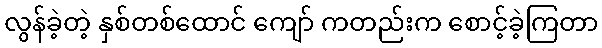
လွန်ခဲ့တဲ့ နှစ်တစ်ထောင် ကျော် ကတည်းက စောင့်ခဲ့ကြတာ